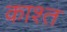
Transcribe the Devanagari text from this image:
काश्‍त